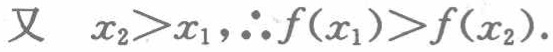
又 \(x_{2}>x_{1},\therefore f(x_{1})>f(x_{2}).\)